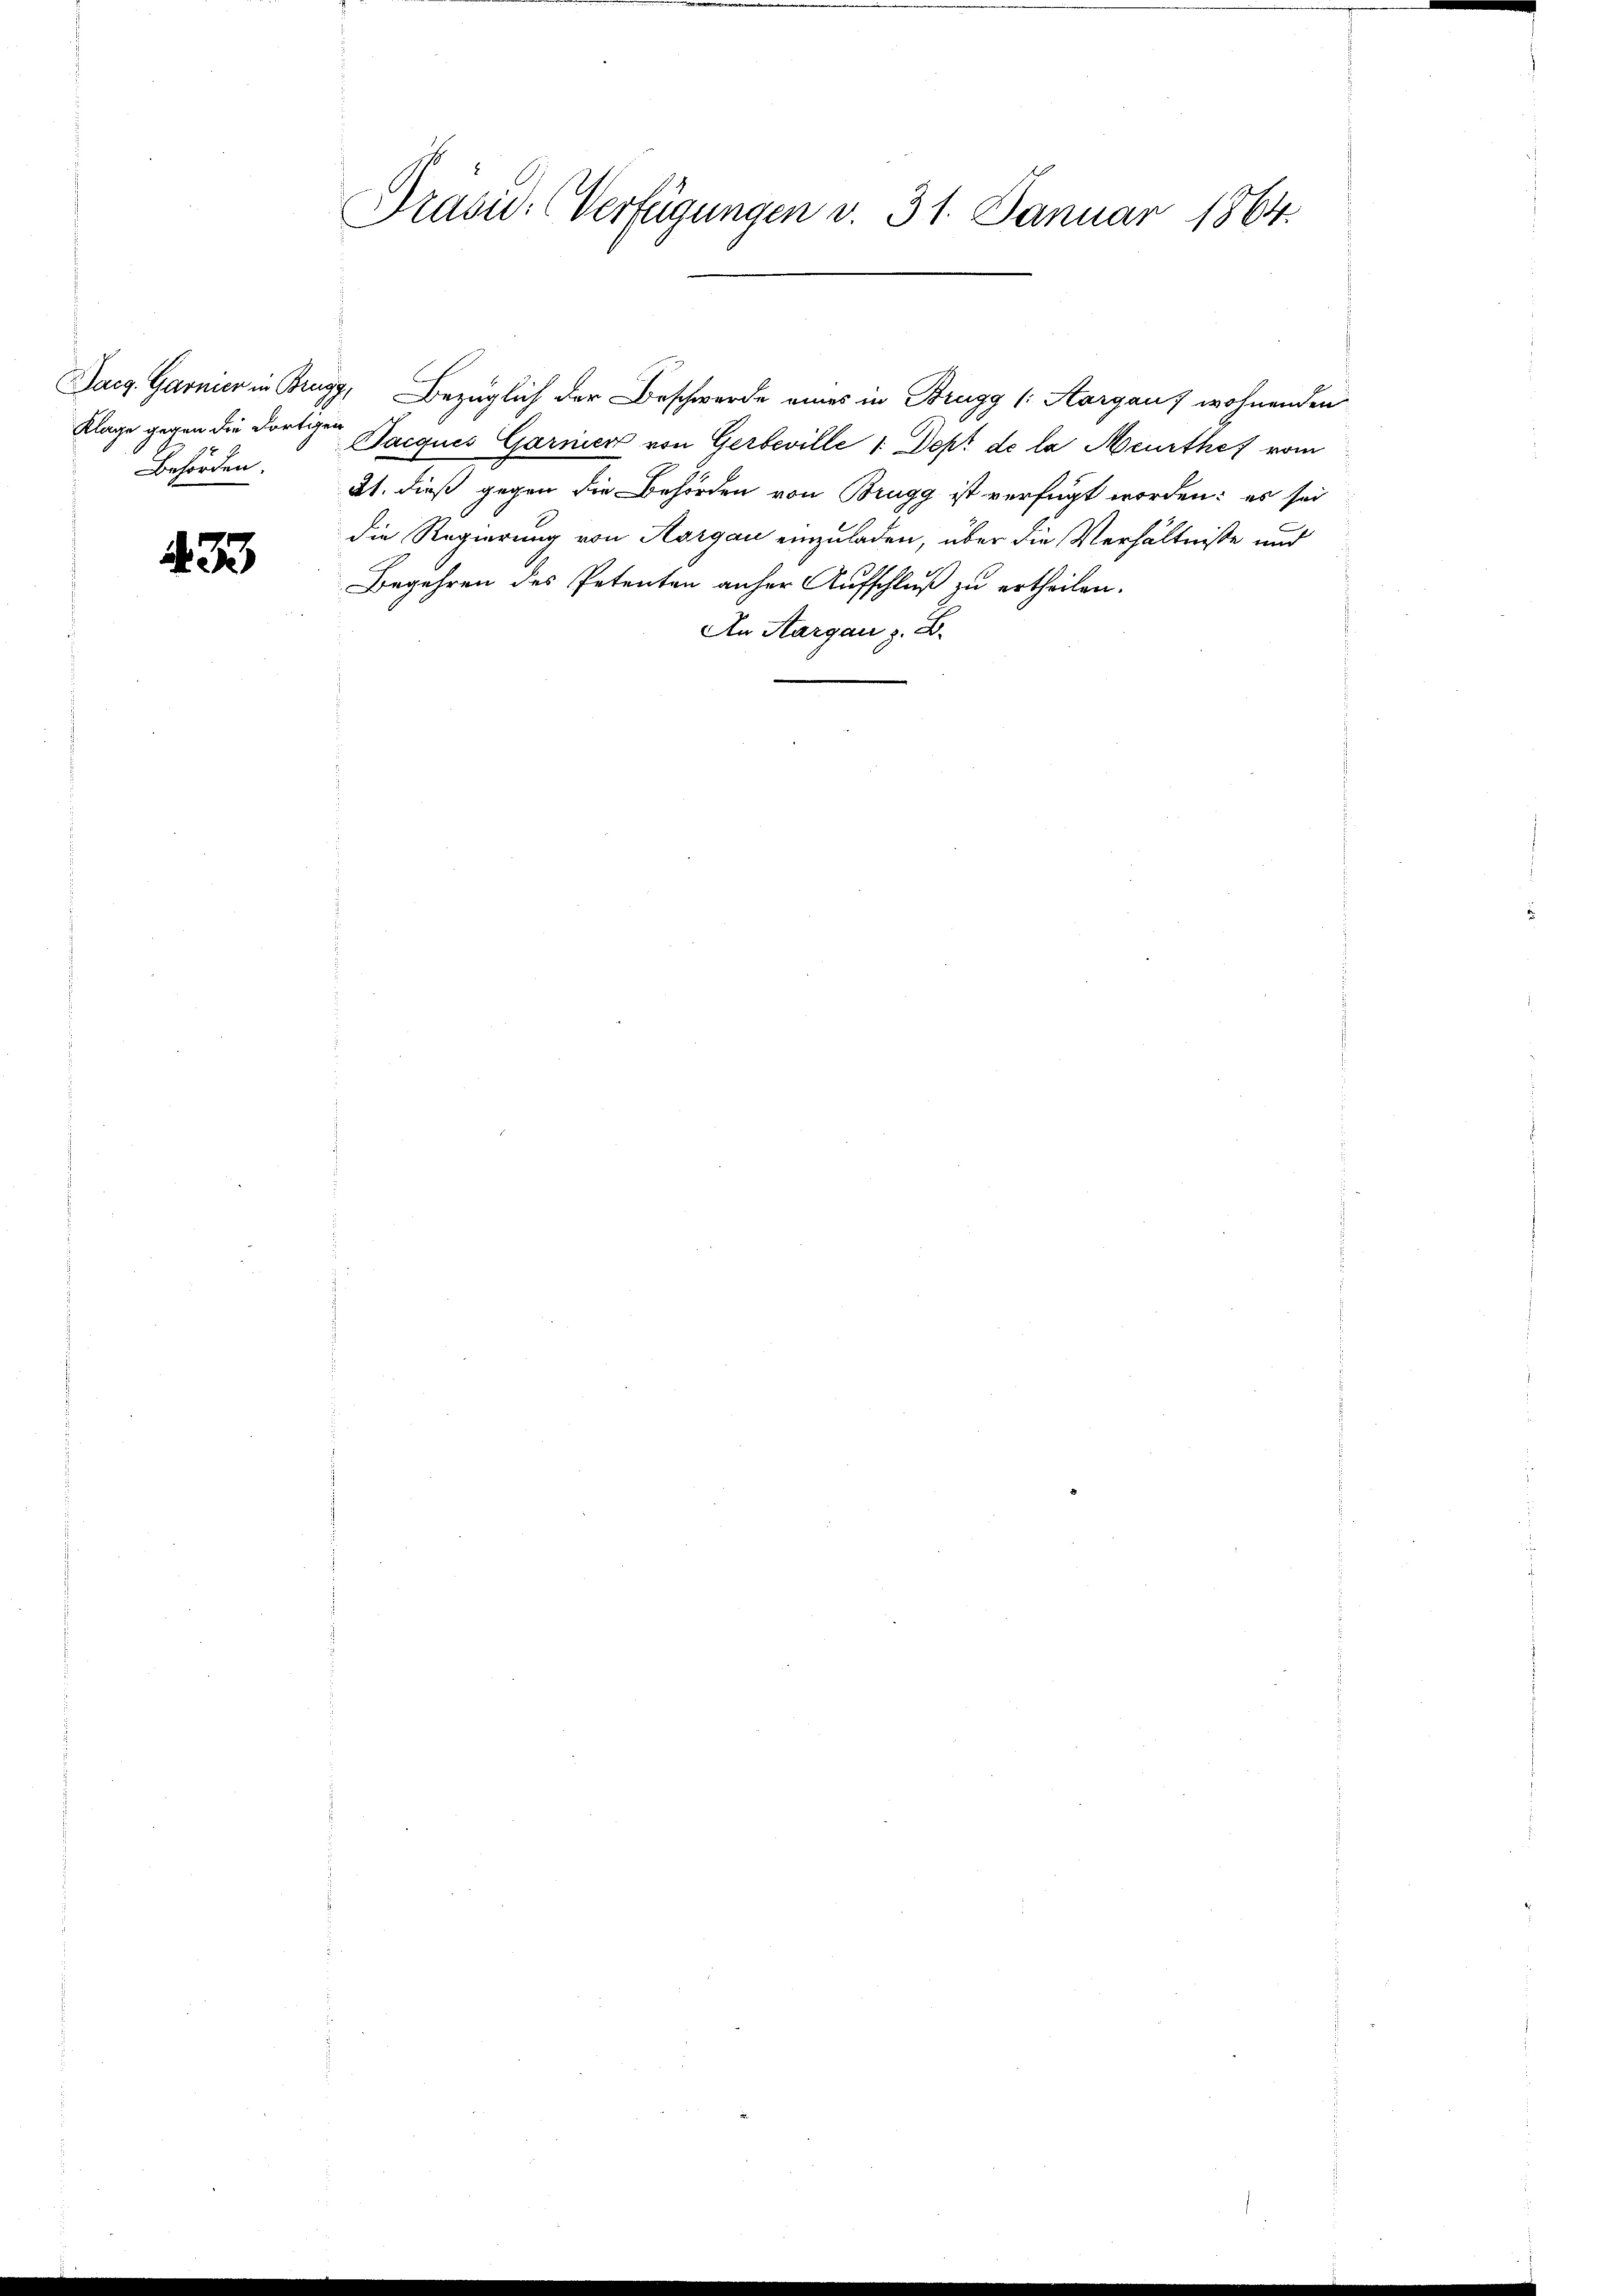
Behörden.

433

Präsid. (Verfügungen v. 31. Januar 1864.

Jacg Garnier in Brugg, Bezüglich der Beschwerde eines in Brugg (: Aargau, wohnenden
Klage gegen die dortigen Jacques Garnier von Gerbeville 1. Dept de la Meurthef vom
21. dieß gegen die Behörden von Brugg ist verfügt worden: es sei
die Regierung von Aargau einzuladen, über die Verhältnisse und
Begehren des Petenten anher Aufschluß zu ertheilen.
An Aargau z. B.